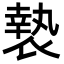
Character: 𭏲